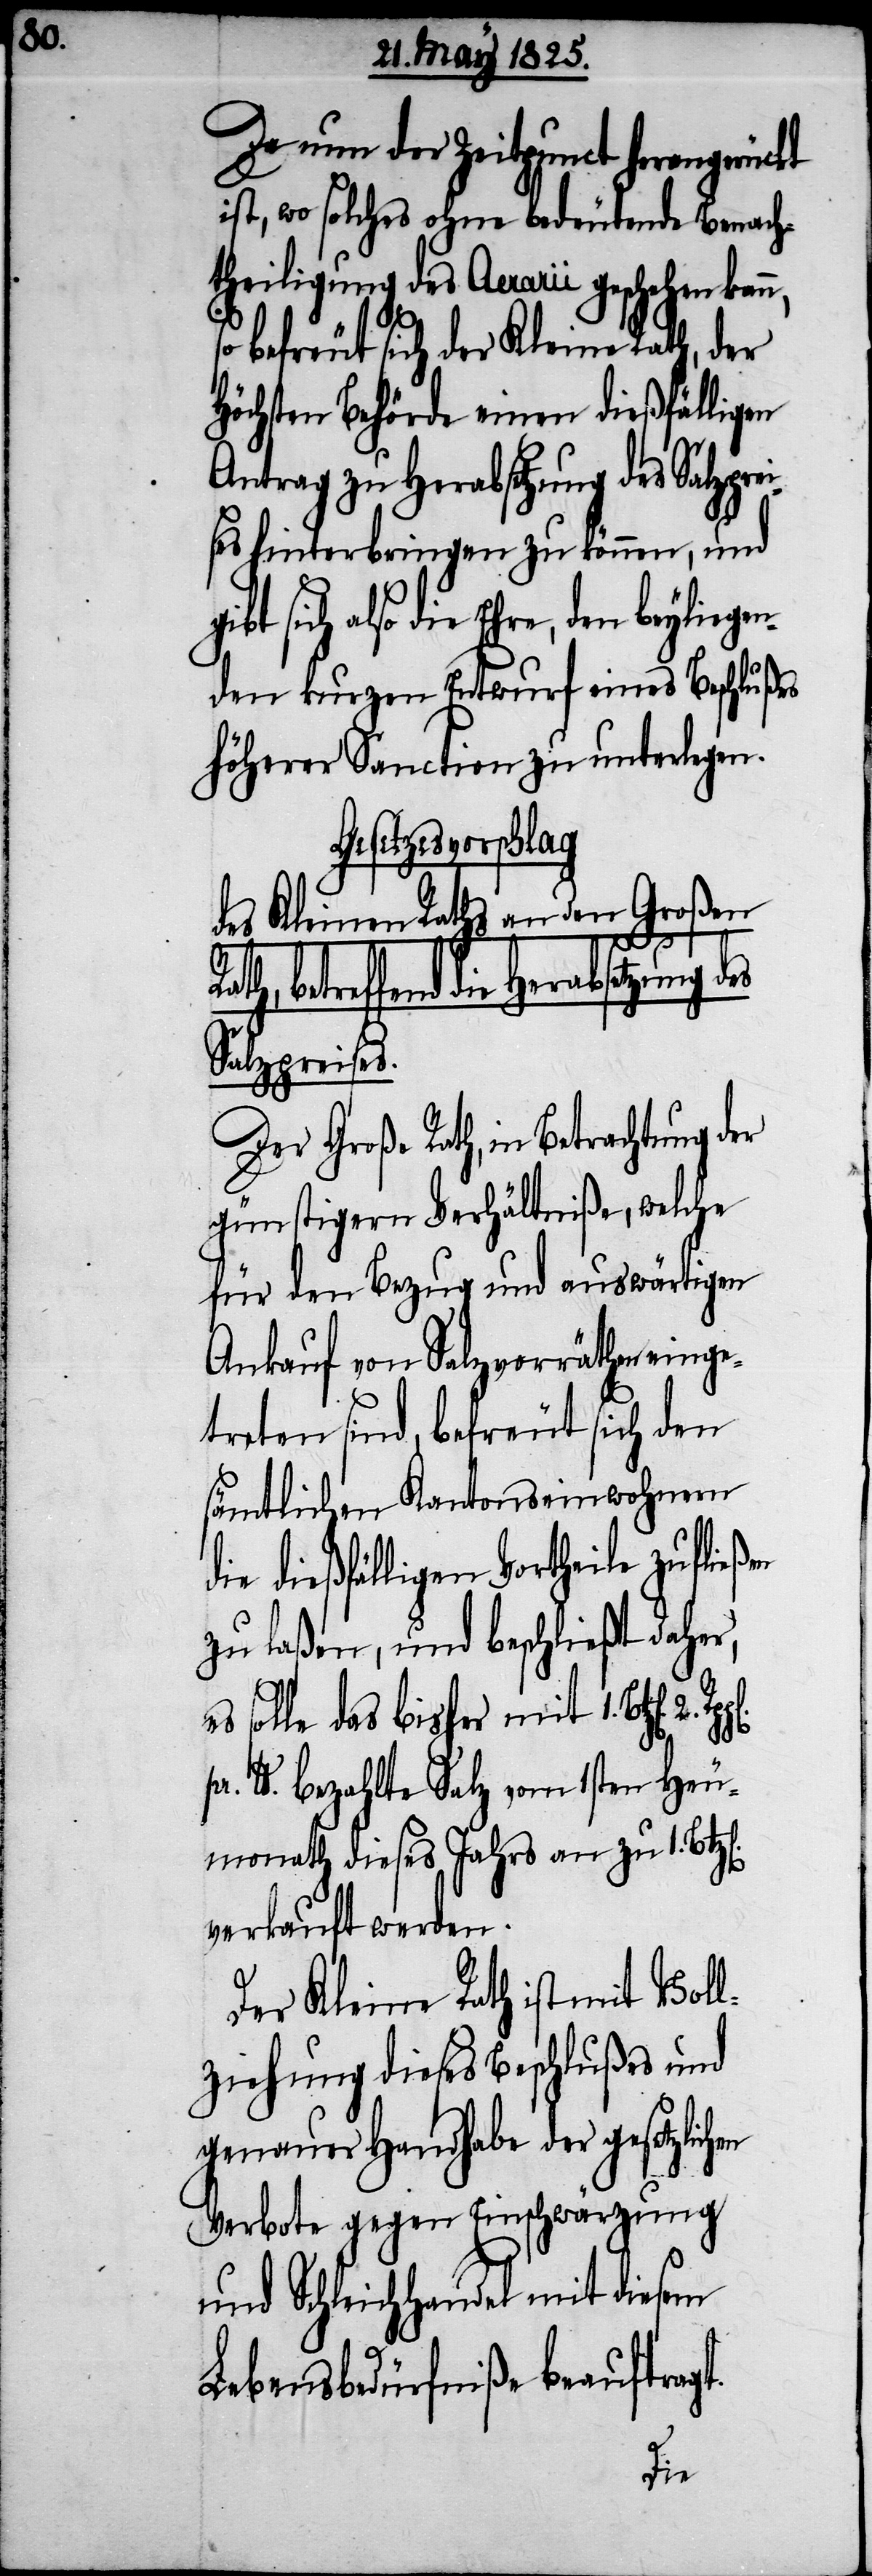
Da nun der Zeitpunct herangerückt
ist, wo solches ohne bedeutende Benach¬
theiligung des Aerarii geschehen kann,
befreut sich der Kleine Rath, der
Höchsten Behörde einen dießfälligen
Antrag zu Herabsetzung des Salzpre¬
ises hinterbringen zu können, und
also die Ehre, den beyliege¬
nden kurzen Entwurf eines Beschlußes
höherer Sanction zu unterlegen.
Gesetzesvorschlag
des Kleinen Raths an den Großen
betreffend die Herabsetzung des
Salzpreises.
Der Große Rath, in Betrachtung der
günstigern Verhältniße, welche
für den Bezug und auswärtigen
Ankauf von Salzvorräthen einge¬
treten sind, befreut sich den
sämtlichen Kantonseinwohnern
die dießfälligen Vortheile zuflie¬
zu laßen, und beschließt daher,
solle das bisher mit 1 Btz[en].
pr. lb. bezahlte Salz vom 1sten Heu¬
monath dieses Jahres an zu 1.
verkauft werden.
Der Kleine Rath ist mit Voll¬
ziehung dieses Beschlußes und
genauer Handhabe der gesetzlichen
Verbote gegen Einschwärzung
und Schleichhandel mit diesem
Lebensbedürfniße beauftragt.
ßen